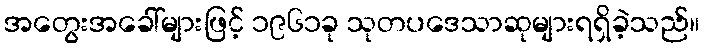
အတွေးအခေါ်များဖြင့် ၁၉၆၁ခု သုတပဒေသာဆုများရရှိခဲ့သည်။